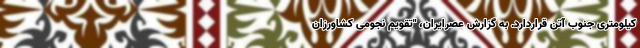
کیلومتری جنوب آتن قراردارد. به گزارش عصرایران، "تقویم نجومی کشاورزان